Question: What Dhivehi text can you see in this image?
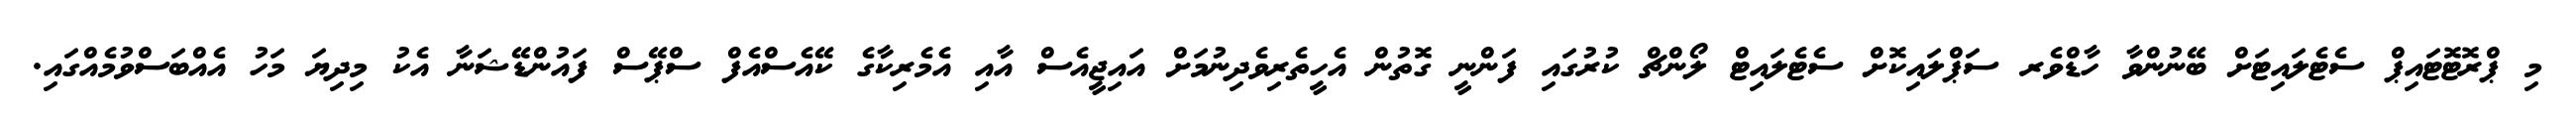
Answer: މި ޕްރޮޓޮޓައިޕް ސެޓެލައިޓަށް ބޭނުންވާ ހާޑްވެރ ސަޕްލައިކޮށް ސެޓެލައިޓް ލޯންޗް ކުރުގައި ފަންނީ ގޮތުން އެހީތެރިވެދިނުމަށް އައިޖީއެސް އާއި އެމެރިކާގެ ކޭއެސްއެފް ސްޕޭސް ފައުންޑޭޝަނާ އެކު މިދިޔަ މަހު އެއްބަސްވުމެއްގައި.